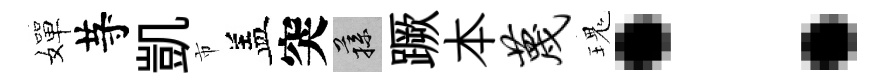
嬋䒭凱市盖突蓀蹶本蔑瑰：